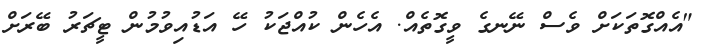
"އެއްގޮތަކަށް ވެސް ނޭނގެ ވީގޮތެއް. އެހެން ކުއްޖަކު ހޭ އަޑުއިވުމުން ޓީޗަރު ބޭރަށް